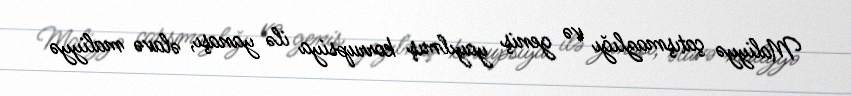
Maliyyə çatışmazlığı və geniş yayılmış korrupsiya ilə yanaşı, əlavə maliyyə